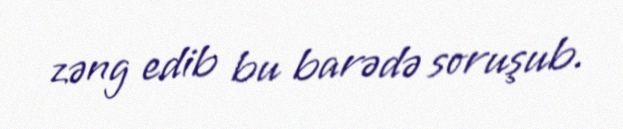
zəng edib bu barədə soruşub.